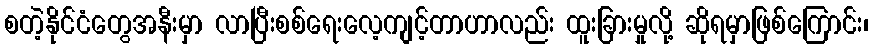
စတဲ့နိုင်ငံတွေအနီးမှာ လာပြီးစစ်ရေးလေ့ကျင့်တာဟာလည်း ထူးခြားမှုလို့ ဆိုရမှာဖြစ်ကြောင်း၊